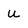
Character: U